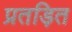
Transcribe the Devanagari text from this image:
प्रतड़ित